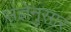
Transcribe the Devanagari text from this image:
संज्ञेनुसार